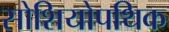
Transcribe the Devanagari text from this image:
सोशियोपथिक